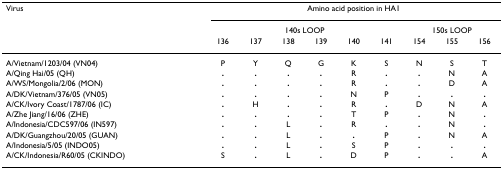
<table><thead><tr><td><b>Virus</b></td><td colspan="9"><b>Amino acid position in HA1</b></td></tr><tr><td></td><td colspan="6"><b>140s LOOP</b></td><td colspan="3"><b>150s LOOP</b></td></tr><tr><td></td><td><b>136</b></td><td><b>137</b></td><td><b>138</b></td><td><b>139</b></td><td><b>140</b></td><td><b>141</b></td><td><b>154</b></td><td><b>155</b></td><td><b>156</b></td></tr></thead><tbody><tr><td>A/Vietnam/1203/04 (VN04)</td><td>P</td><td>Y</td><td>Q</td><td>G</td><td>K</td><td>S</td><td>N</td><td>S</td><td>T</td></tr><tr><td>A/Qing Hai/05 (QH)</td><td><b>.</b></td><td><b>.</b></td><td><b>.</b></td><td><b>.</b></td><td>R</td><td><b>.</b></td><td><b>.</b></td><td>N</td><td>A</td></tr><tr><td>A/WS/Mongolia/2/06 (MON)</td><td><b>.</b></td><td><b>.</b></td><td><b>.</b></td><td><b>.</b></td><td>R</td><td><b>.</b></td><td><b>.</b></td><td>D</td><td>A</td></tr><tr><td>A/DK/Vietnam/376/05 (VN05)</td><td><b>.</b></td><td><b>.</b></td><td><b>.</b></td><td><b>.</b></td><td>N</td><td>P</td><td><b>.</b></td><td><b>.</b></td><td><b>.</b></td></tr><tr><td>A/CK/Ivory Coast/1787/06 (IC)</td><td><b>.</b></td><td>H</td><td><b>.</b></td><td><b>.</b></td><td>R</td><td><b>.</b></td><td>D</td><td>N</td><td>A</td></tr><tr><td>A/Zhe Jiang/16/06 (ZHE)</td><td><b>.</b></td><td><b>.</b></td><td><b>.</b></td><td><b>.</b></td><td>T</td><td>P</td><td><b>.</b></td><td>N</td><td><b>.</b></td></tr><tr><td>A/Indonesia/CDC597/06 (IN597)</td><td><b>.</b></td><td><b>.</b></td><td>L</td><td><b>.</b></td><td>R</td><td><b>.</b></td><td><b>.</b></td><td>N</td><td><b>.</b></td></tr><tr><td>A/DK/Guangzhou/20/05 (GUAN)</td><td><b>.</b></td><td><b>.</b></td><td>L</td><td><b>.</b></td><td><b>.</b></td><td>P</td><td><b>.</b></td><td>N</td><td>A</td></tr><tr><td>A/Indonesia/5/05 (INDO05)</td><td><b>.</b></td><td><b>.</b></td><td>L</td><td><b>.</b></td><td>S</td><td>P</td><td><b>.</b></td><td><b>.</b></td><td><b>.</b></td></tr><tr><td>A/CK/Indonesia/R60/05 (CKINDO)</td><td>S</td><td><b>.</b></td><td>L</td><td><b>.</b></td><td>D</td><td>P</td><td><b>.</b></td><td><b>.</b></td><td>A</td></tr></tbody></table>